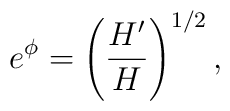
e^\phi = \left(\frac{H'}{H}\right)^{1/2},